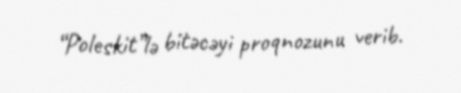
“Poleskit”lə bitəcəyi proqnozunu verib.